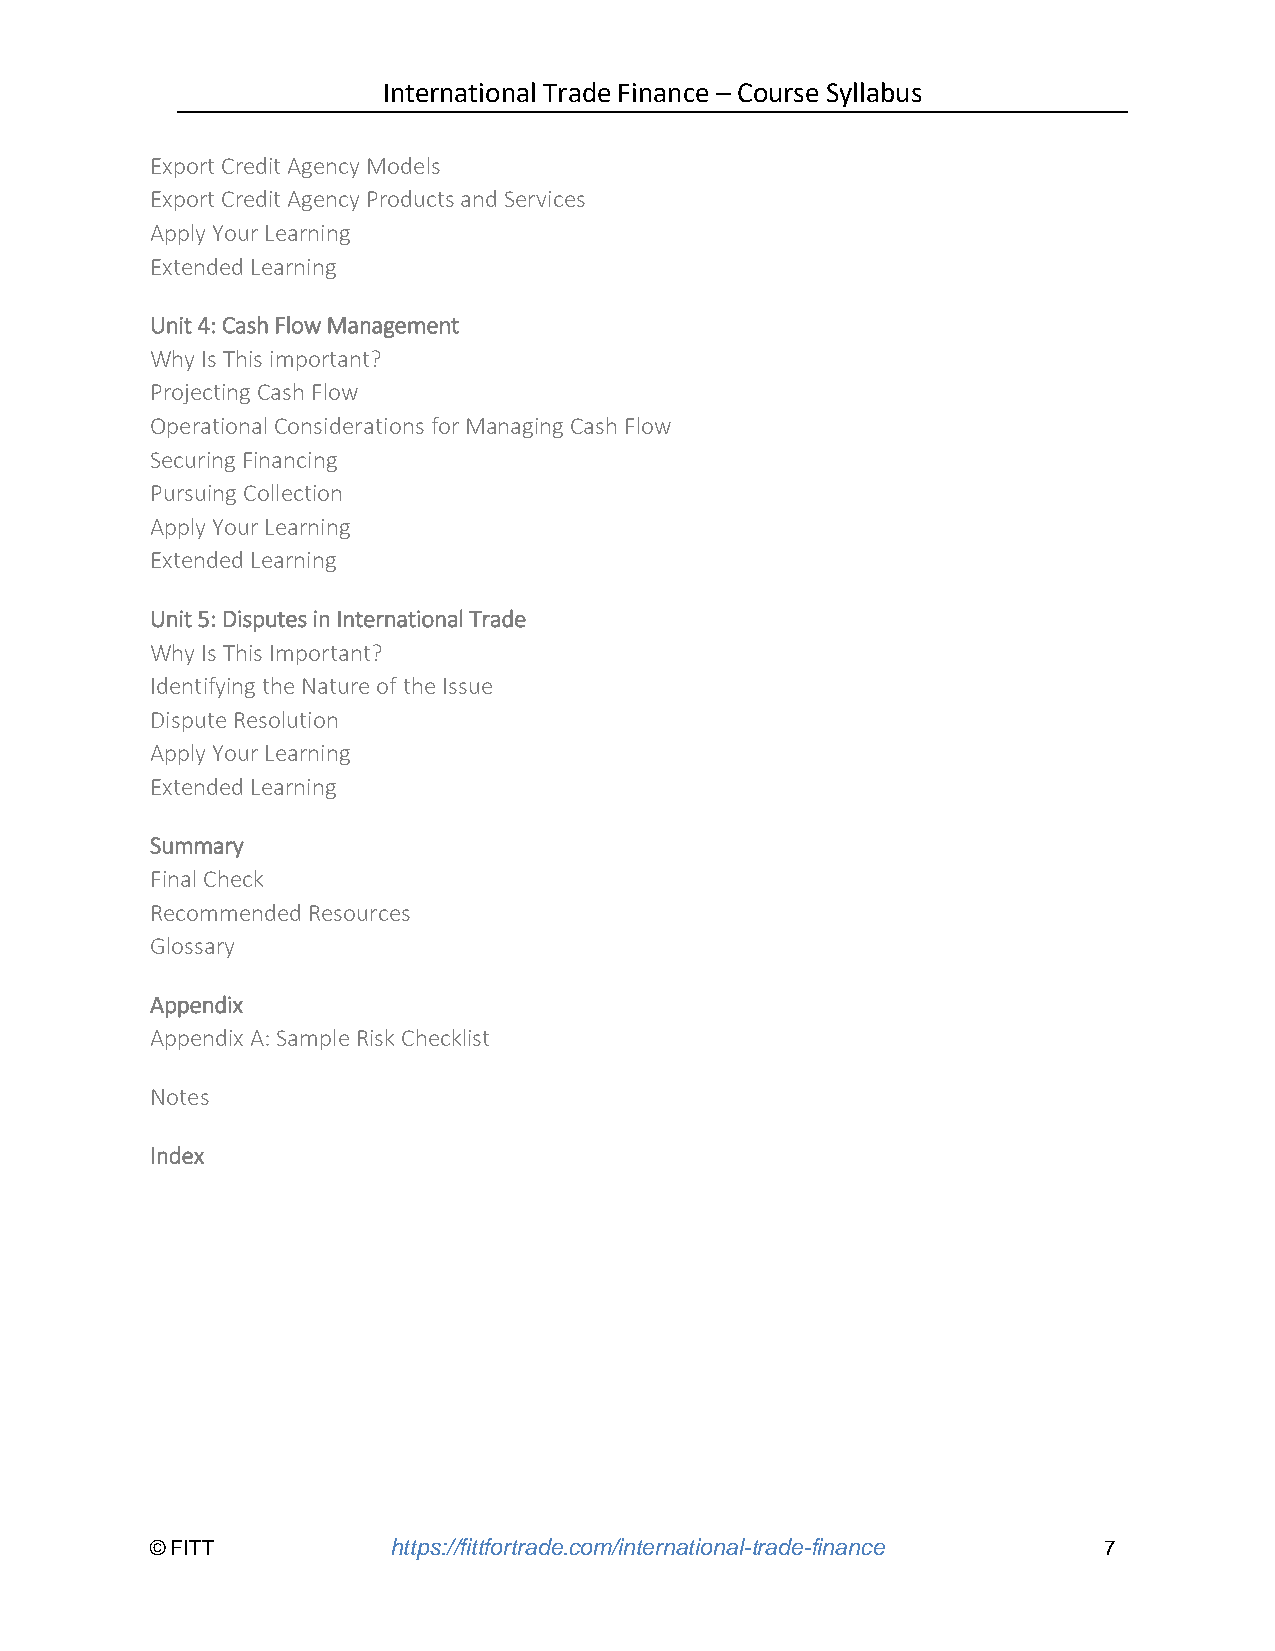
International Trade Finance – Course Syllabus
 Export Credit Agency Models
 Export Credit Agency Products and Services
 Apply Your Learning
 Extended Learning
 Unit 4: Cash Flow Management
 Why Is This important?
 Projecting Cash Flow
 Operational Considerations for Managing Cash Flow
 Securing Financing
 Pursuing Collection
 Apply Your Learning
 Extended Learning
 Unit 5: Disputes in International Trade
 Why Is This Important?
 Identifying the Nature of the Issue
 Dispute Resolution
 Apply Your Learning
 Extended Learning
 Summary
 Final Check
 Recommended Resources
 Glossary
 Appendix
 Appendix A: Sample Risk Checklist
 Notes
 Index
 © FITT          https://fittfortrade.com/international-trade-finance 7